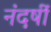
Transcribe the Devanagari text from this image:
नंदर्षी